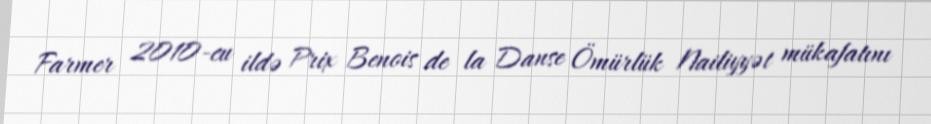
Farmer 2010-cu ildə Prix Benois de la Danse Ömürlük Nailiyyət mükafatını